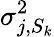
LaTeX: \sigma_{j,S_{k}}^{2}